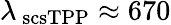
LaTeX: \lambda_{\mathrm{\ scs{TPP}}}\approx 670